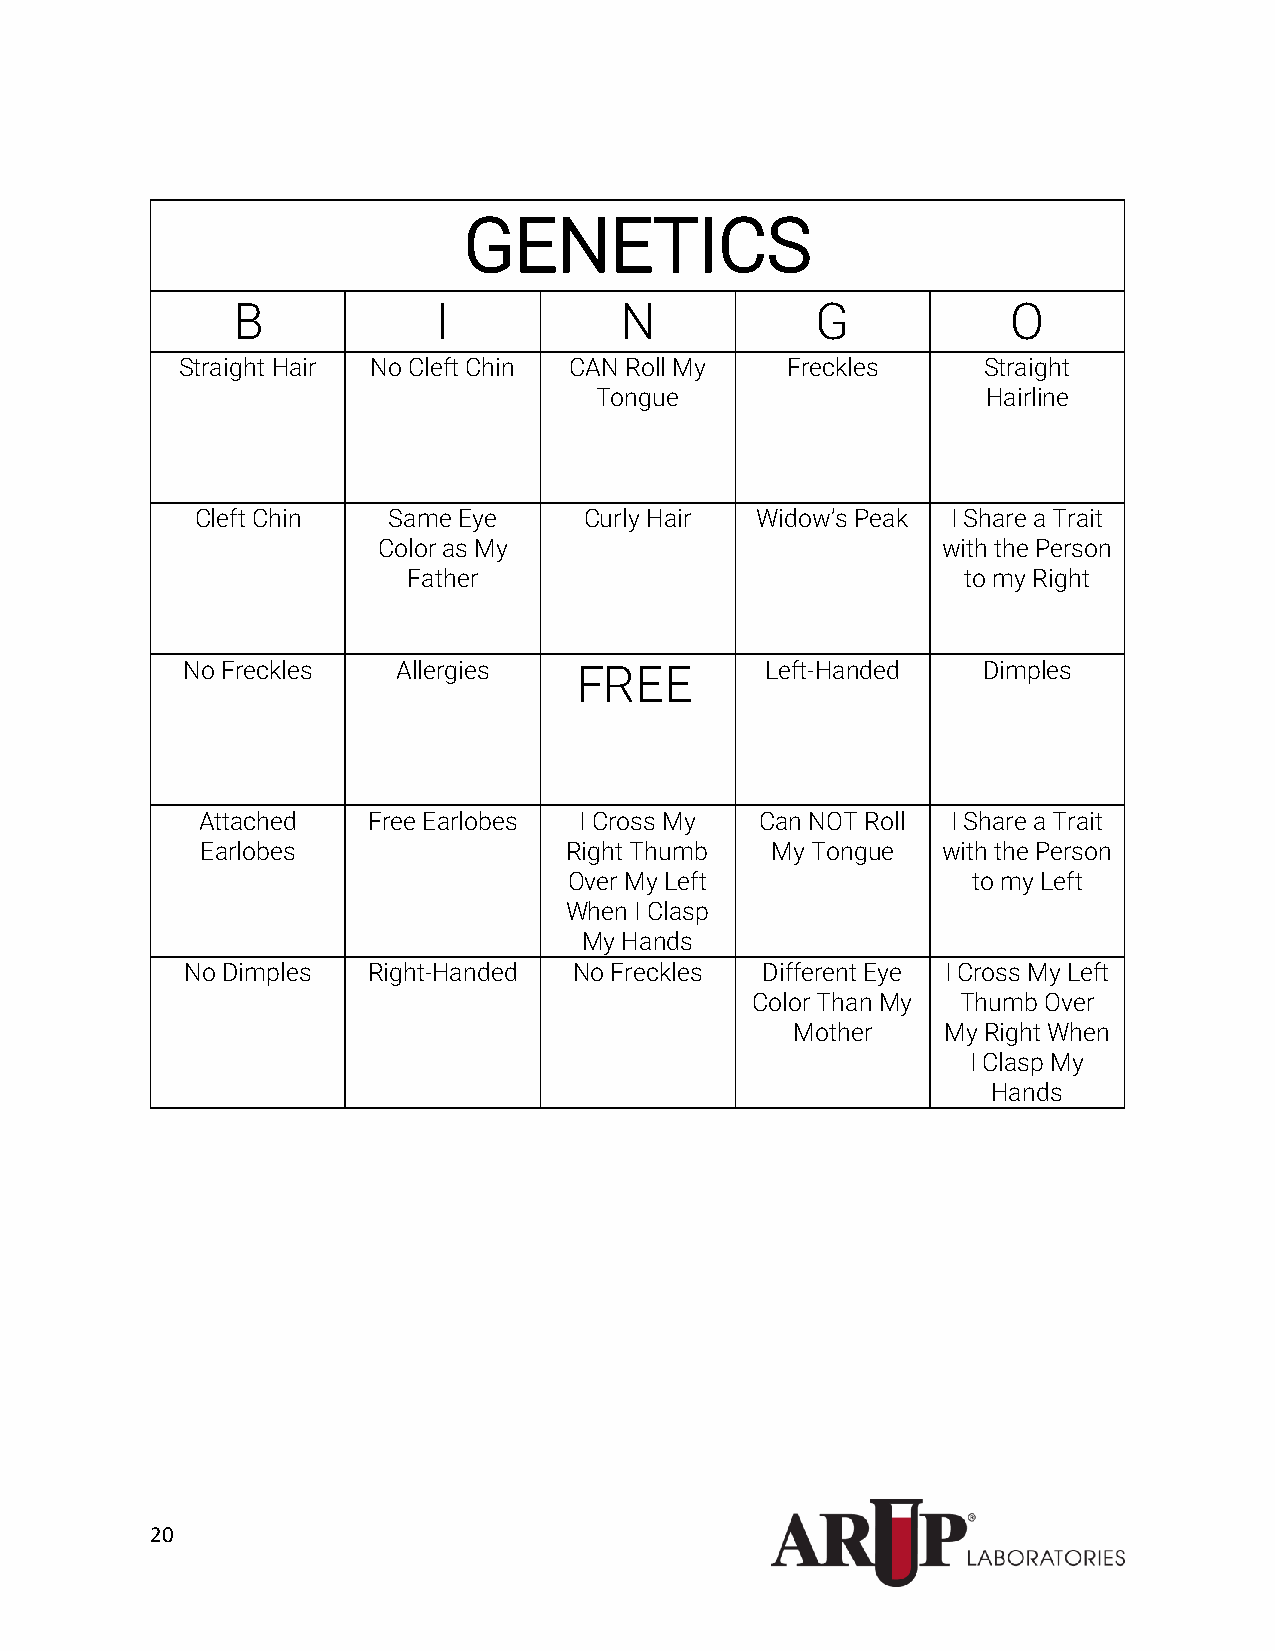
GENETICS
 B             I           N            G            O
 Straight Hair No Cleft Chin CAN Roll My Freckles     Straight
 Tongue                    Hairline
 Cleft Chin   Same Eye     Curly Hair Widow’s Peak I Share a Trait
 Color as My                          with the Person
 Father                               to my Right
 No Freckles   Allergies   FREE         Left-Handed   Dimples
 Attached   Free Earlobes I Cross My  Can NOT Roll I Share a Trait
 Earlobes                Right Thumb   My Tongue  with the Person
 Over My Left              to my Left
 When I Clasp
 My Hands
 No Dimples  Right-Handed  No Freckles Different Eye I Cross My Left
 Color Than My Thumb Over
 Mother    My Right When
 I Clasp My
 Hands
 20